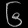
Digit: ၆